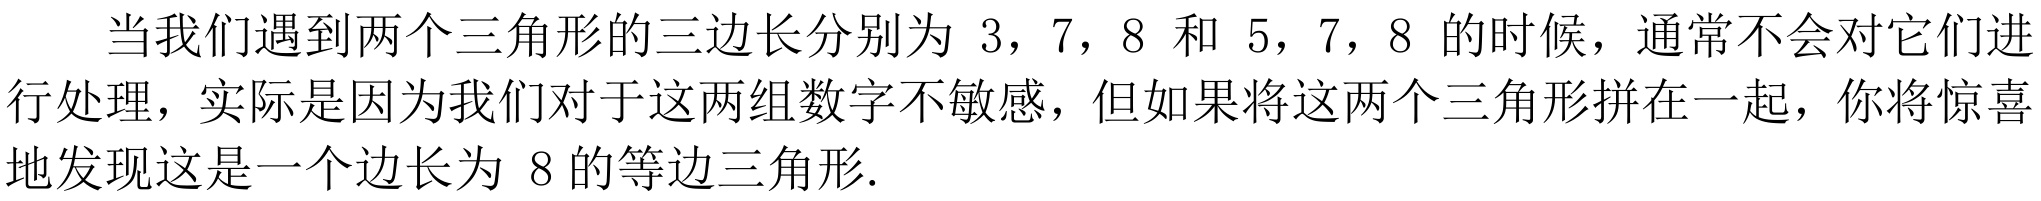
当我们遇到两个三角形的三边长分别为 \(3\)，\(7\)，\(8\) 和 \(5\)，\(7\)，\(8\) 的时候，通常不会对它们进行处理，实际是因为我们对于这两组数字不敏感，但如果将这两个三角形拼在一起，你将惊喜地发现这是一个边长为 \(8\) 的等边三角形.